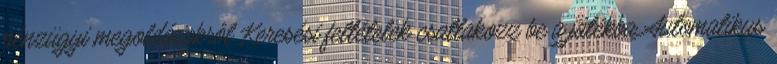
pénzügyi megoldásokról Keresési feltételek csatlakozz be a játékba Automatikus